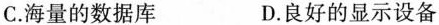
C. 海量的数据库 D. 良好的显示设备